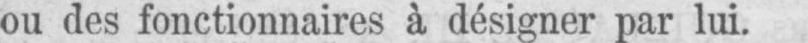
ou des fonctionnaires à désigner par lui.